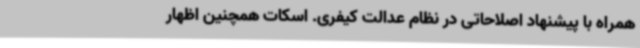
همراه با پیشنهاد اصلاحاتی در نظام عدالت کیفری. اسکات همچنین اظهار